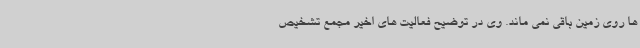
ها روی زمین باقی نمی ماند. وی در توضیح فعالیت های اخیر مجمع تشخیص